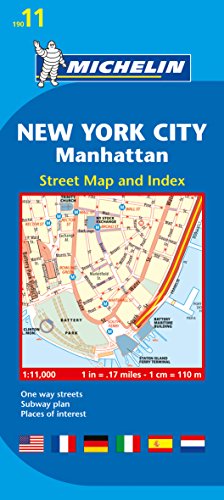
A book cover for Michelin New York City:  Manhattan Map 11 (Maps/City (Michelin)); Michelin Travel & Lifestyle; Travel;